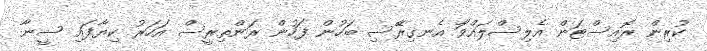
ކުުރިން ރޮއިސްޓަން އެލިސްލައްވަާ އެނގިރެޭސި ބަހުން ފަހުން ރަންތިރީސް އަހަރު ކިޔާފައި ސީނާ